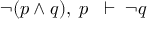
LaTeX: \neg ( p \land q ) , \; p \; \; \vdash \; \neg q